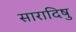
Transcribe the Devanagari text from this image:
सारादिषु